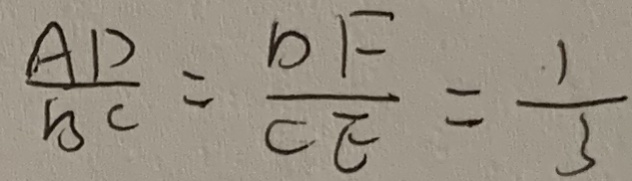
\frac { A D } { B C } = \frac { D F } { C E } = \frac { 1 } { 3 }